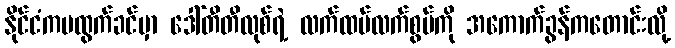
နိုင်ငံကမထွက်ခင်မှာ ဒေါ်တီတီလုစ်ရဲ့ လက်ထပ်လက်စွပ်ကို အကောက်ခွန်ကတောင်းလို့